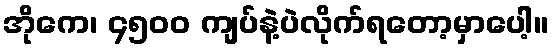
အိုကေ၊ ၄၅၀၀ ကျပ်နဲ့ပဲလိုက်ရတော့မှာပေါ့။